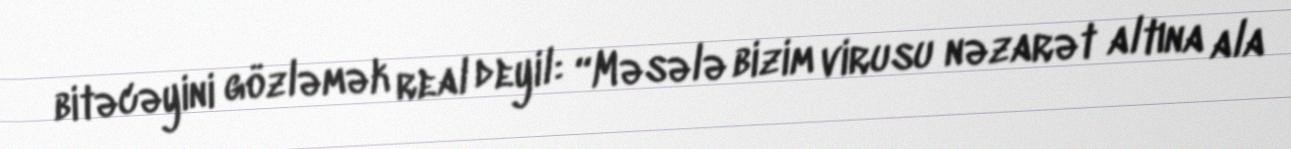
bitəcəyini gözləmək real deyil: “Məsələ bizim virusu nəzarət altına ala